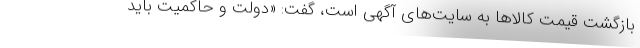
بازگشت قیمت کالاها به سایت‌های آگهی است، گفت: «دولت و حاکمیت باید